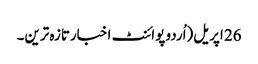
26 اپریل(اُردو پوائنٹ اخبارتازہ ترین۔